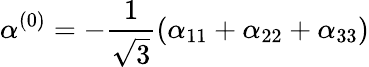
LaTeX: \alpha^{(0)}=-\frac{1}{\sqrt{3}}(\alpha_{11}+\alpha_{22}+\alpha_{33})